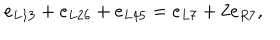
e _ { L 1 3 } + e _ { L 2 6 } + e _ { L 4 5 } = e _ { L 7 } + 2 e _ { R 7 } ,